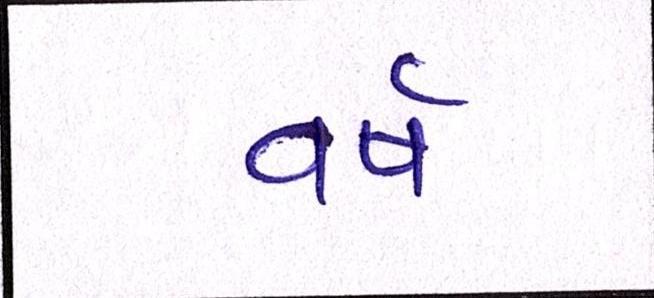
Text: વર્ષ